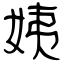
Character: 姨